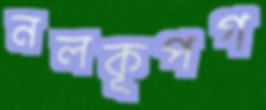
নলকূপগ